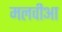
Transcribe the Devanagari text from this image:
मलवीआ